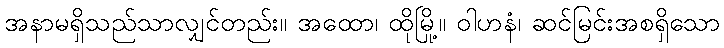
အနာမရှိသည်သာလျှင်တည်း။ အထော၊ ထိုမြို့။ ဝါဟနံ၊ ဆင်မြင်းအစရှိသော